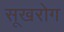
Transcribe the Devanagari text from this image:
सूखरोग